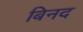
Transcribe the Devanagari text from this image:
बिनद